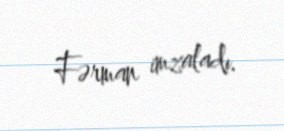
Fərman imzaladı.